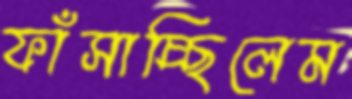
ফাঁসাচ্ছিলেম